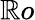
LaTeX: \mathbb{R}o